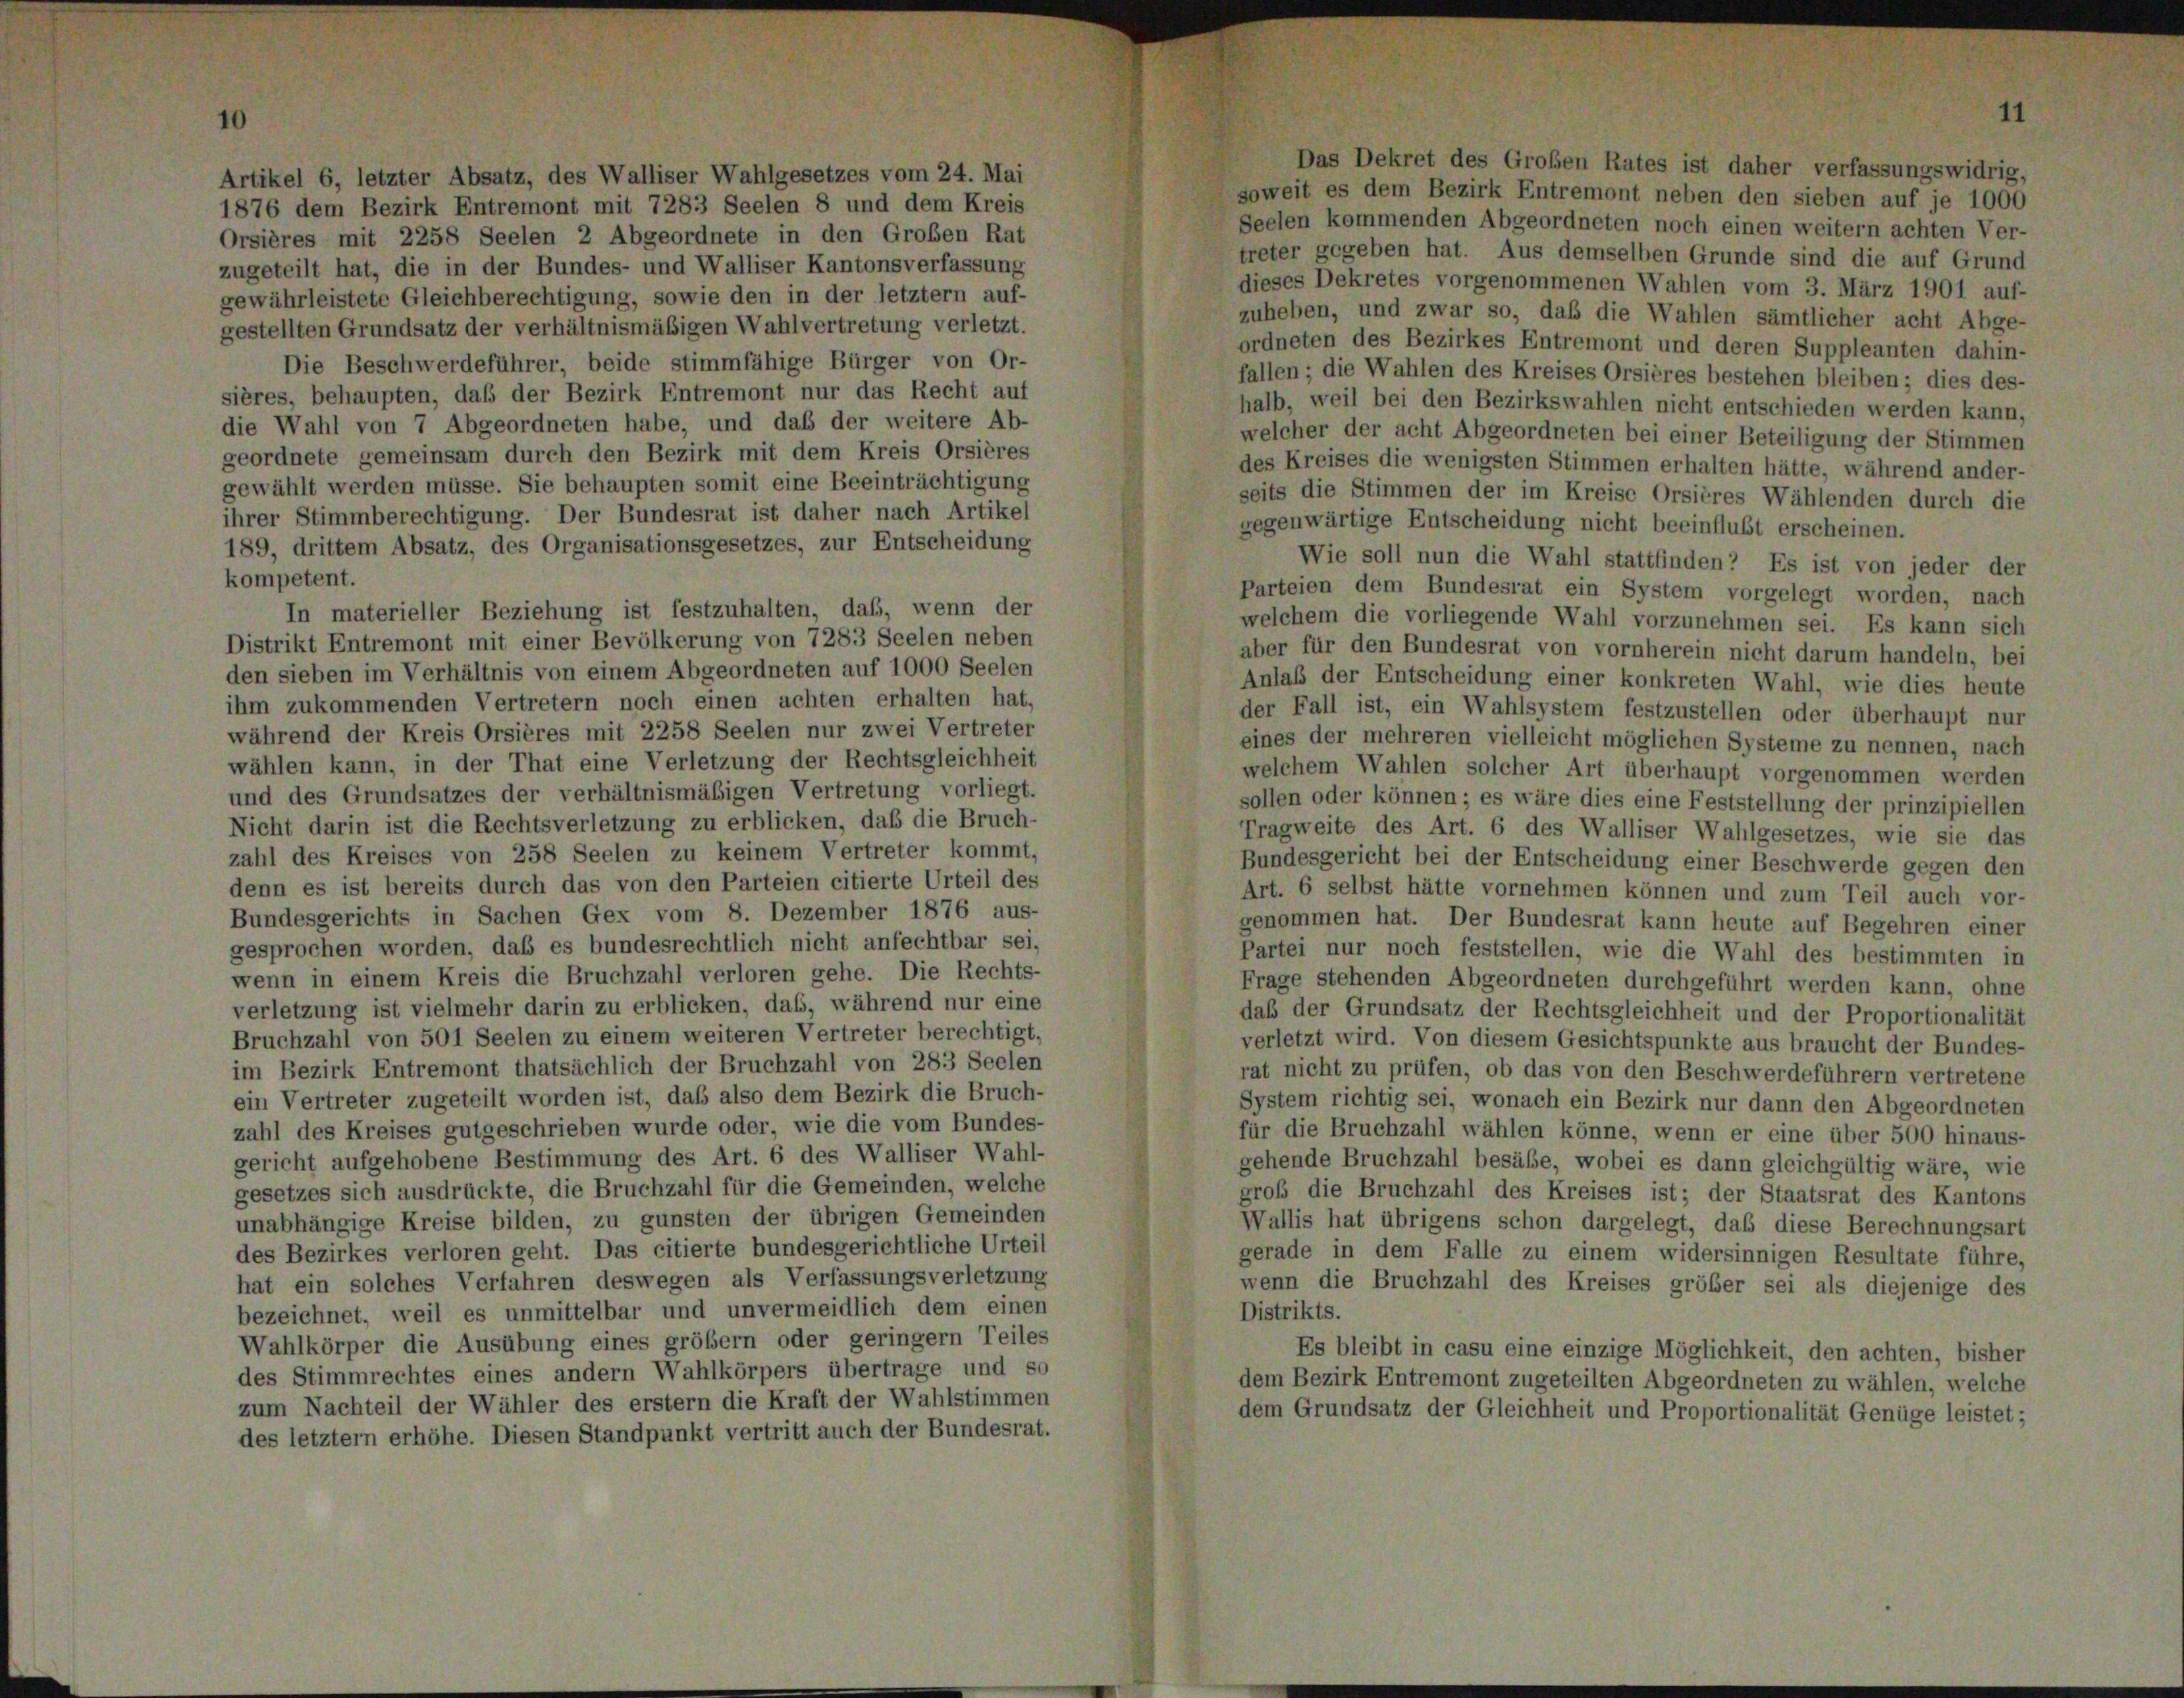
Artikel 6, letzter Absatz, des Walliser Wahlgesetzes vom 24. Mai
1876 dem Bezirk Entremont mit 7283 Seelen 8 und dem Kreis
Orsières mit 2258 Seelen 2 Abgeordnete in den Großen Rat
zugeteilt hat, die in der Bundes- und Walliser Kantonsverfassung
gewährleistete Gleichberechtigung, sowie den in der letztem auf-
gestellten Grundsatz der verhältnismäßigen Wahlvertretung verletzt.
Die Beschwerdeführer, beide stimmfähige Bürger von Or-
sières, behaupten, daß der Bezirk Entremont nur das Recht auf
die Wahl von 7 Abgeordneten habe, und daß der weitere Ab-
geordnete gemeinsam durch den Bezirk mit dem Kreis Orsières
gewählt werden müsse. Sie behaupten somit eine Beeinträchtigung
ihrer Stimmberechtigung. Der Bundesrat ist daher nach Artikel
189, drittem Absatz, des Organisationsgesetzes, zur Entscheidung
kompetent.
In materieller Beziehung ist festzuhalten, daß, wenn der
Distrikt Entremont mit einer Bevölkerung von 7283 Seelen neben
den sieben im Verhältnis von einem Abgeordneten auf 1000 Seelen
ihm zukommenden Vertretern noch einen achten erhalten hat,
während der Kreis Orsières mit 2258 Seelen nur zwei Vertreter
wählen kann, in der That eine Verletzung der Rechtsgleichheit
und des Grundsatzes der verhältnismäßigen Vertretung vorliegt.
Nicht darin ist die Rechtsverletzung zu erblicken, daß die Bruch-
zahl des Kreises von 258 Seelen zu keinem Vertreter kommt,
denn es ist bereits durch das von den Parteien citierte Urteil des
Bundesgerichts in Sachen Gex vom 8. Dezember 1876 aus-
gesprochen worden, daß es bundesrechtlich nicht anfechtbar sei,
wenn in einem Kreis die Bruchzahl verloren gehe. Die Rechts-
verletzung ist vielmehr darin zu erblicken, daß, während nur eine
Bruchzahl von 501 Seelen zu einem weiteren Vertreter berechtigt.
im Bezirk Entremont thatsächlich der Bruchzahl von 283 Seelen
ein Vertreter zugeteilt worden ist, daß also dem Bezirk die Bruch-
zahl des Kreises gutgeschrieben wurde oder, wie die vom Bundes-
gericht aufgehobene Bestimmung des Art. 6 des Walliser Wahl-
gesetzes sich ausdrückte, die Bruchzahl für die Gemeinden, welche
unabhängige Kreise bilden, zu gunsten der übrigen Gemeinden
des Bezirkes verloren geht. Das citierte bundesgerichtliche Urteil
hat ein solches Verfahren deswegen als Verfassungsverletzung
bezeichnet, weil es unmittelbar und unvermeidlich dem einen
Wahlkörper die Ausübung eines größer oder geringern Teiles
des Stimmrechtes eines andern Wahlkörpers übertrage und so
zum Nachteil der Wähler des erstem die Kraft der Wahlstimmen
des letztem erhöhe. Diesen Standpunkt vertritt auch der Bundesrat.

Das Dekret des Große

n R

es ist e

her verfassungswidrig,

soweit es dem Bezirk Entremont neben den sieben auf je 1000
Seelen kommenden Abgeordneten noch einen weitern achten Ver-
treter gegeben hat. Aus demselben Grunde sind die auf Grund
dieses Dekretes vorgenommenen Wahlen vom 3. März 1901 auf-
zuheben, und zwar so, daß die Wahlen sämtlicher acht Abge-
ordneten des Bezirkes Entremont und deren Suppleanten dahin-
fallen; die Wahlen des Kreises Orsières bestehen bleiben; dies des-
halb, weil bei den Bezirkswahlen nicht entschieden werden kann,
welcher der acht Abgeordneten bei einer Beteiligung der Stimmen
des Kreises die wenigsten Stimmen erhalten hätte, während ander-
seits die Stimmen der im Kreise Orsières Wählenden durch die
gegenwärtige Entscheidung nicht beeinflußt erscheinen.
Wie soll nun die Wahl stattfinden? Es ist von jeder der
Parteien dem Bundesrat ein System vorgelegt worden, nach
welchem die vorliegende Wahl vorzunehmen sei. Es kann sich
aber für den Bundesrat von vornherein nicht darum handeln, bei
Anlaß der Entscheidung einer konkreten Wahl, wie dies heute
der Fall ist, ein Wahlsystem festzustellen oder überhaupt nur
eines der mehreren vielleicht möglichen Systeme zu nennen, nach
welchem Wahlen solcher Art überhaupt vorgenommen werden
sollen oder können; es wäre dies eine Feststellung der prinzipiellen
Tragweite des Art. 6 des Walliser Wahlgesetzes, wie sie das
Bundesgericht bei der Entscheidung einer Beschwerde gegen den
Art. 6 selbst hätte vornehmen können und zum Teil auch vor-
genommen hat. Der Bundesrat kann heute auf Begehren einer
Partei nur noch feststellen, wie die Wahl des bestimmten in
Frage stehenden Abgeordneten durchgeführt werden kann, ohne
daß der Grundsatz der Rechtsgleichheit und der Proportionalität
verletzt wird. Von diesem Gesichtspunkte aus braucht der Bundes-
rat nicht zu prüfen, ob das von den Beschwerdeführern vertretene
System richtig sei, wonach ein Bezirk nur dann den Abgeordneten
für die Bruchzahl wählen könne, wenn er eine über 500 hinaus-
gehende Bruchzahl besäbe, wobei es dann gleichgültig wäre, wie
groß die Bruchzahl des Kreises ist; der Staatsrat des Kantons
Wallis hat übrigens schon dargelegt, daß diese Berechnungsart
gerade in dem Falle zu einem widersinnigen Resultate führe,
wenn die Bruchzahl des Kreises größer sei als diejenige des
Distrikts.
Es bleibt in casu eine einzige Möglichkeit, den achten, bisher
dem Bezirk Entremont zugeteilten Abgeordneten zu wählen, welche
dem Grundsatz der Gleichheit und Proportionalität Genüge leistet;